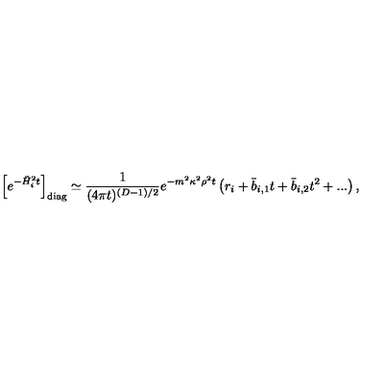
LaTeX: \left[ e ^ { - \bar { H } _ { i } ^ { 2 } t } \right] _ { \mathrm { d i a g } } \simeq { \frac { 1 } { ( 4 \pi t ) ^ { ( D - 1 ) / 2 } } } e ^ { - m ^ { 2 } \kappa ^ { 2 } \rho ^ { 2 } t } \left( r _ { i } + \bar { b } _ { i , 1 } t + \bar { b } _ { i , 2 } t ^ { 2 } + . . . \right) ,